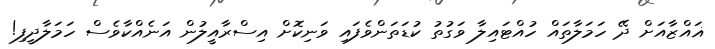
ޣައްޒާއަށް ދޭ ހަމަލާތައް ހުއްޓައިލާ ވަގުތު ކުޑަތަންވެފައި ވަނިކޮށް އިސްރާއީލުން އަނެއްކާވެސް ހަމަލާދީފި!